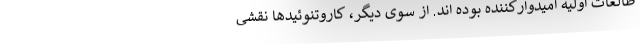
طالعات اولیه امیدوارکننده بوده اند. از سوی دیگر، کاروتنوئیدها نقشی